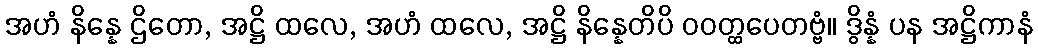
အဟံ နိန္နေ ဌိတော, အဋ္ဌိ ထလေ, အဟံ ထလေ, အဋ္ဌိ နိန္နေတိပိ ဝဝတ္ထပေတဗ္ဗံ။ ဒွိန္နံ ပန အဋ္ဌိကာနံ